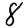
Digit: 8